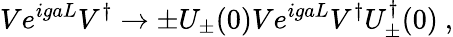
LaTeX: Ve^{igaL}V^{\dagger}\to\pm U_{\pm}(0)Ve^{igaL}V^{\dagger}U_{\pm}^{\dagger}(0)\ ,